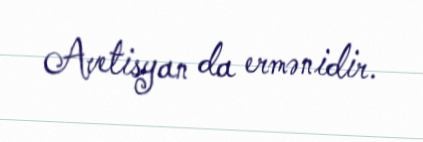
Avetisyan da ermənidir.